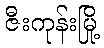
ဇီးကုန်းမြို့